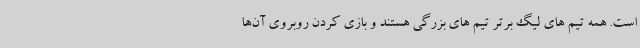
است. همه تیم های لیگ برتر تیم های بزرگی هستند و بازی کردن روبروی آن‌ها